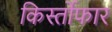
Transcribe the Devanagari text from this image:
किर्स्तोफार